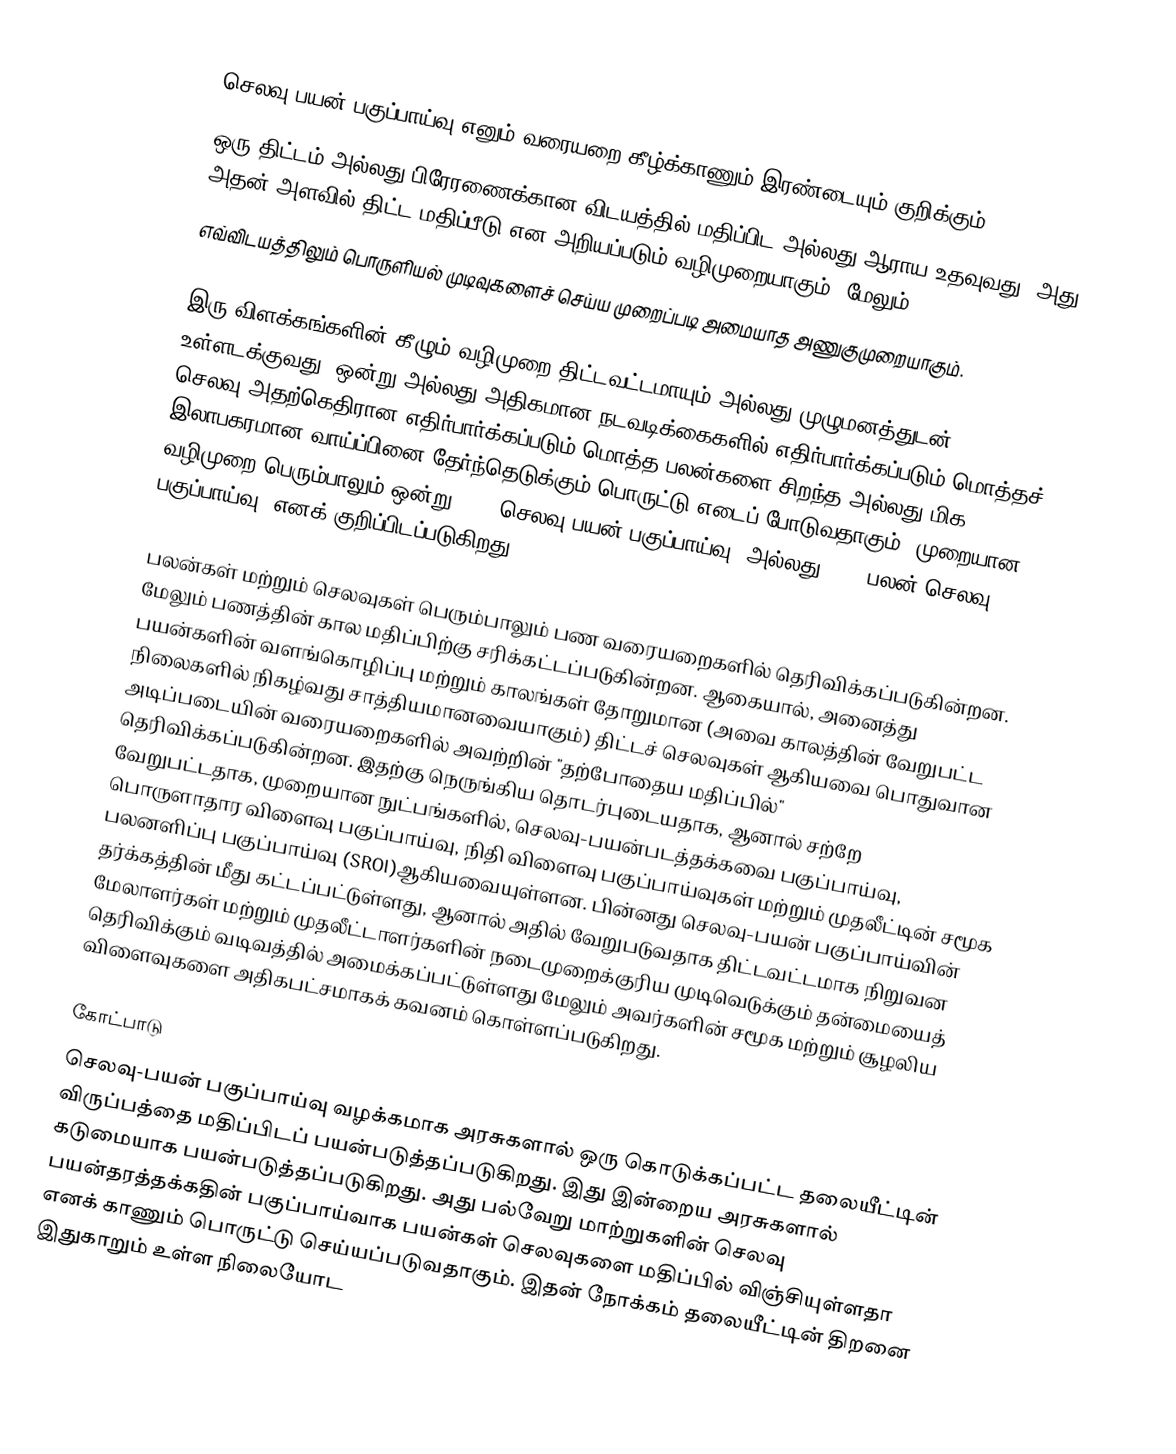
செலவு-பயன் பகுப்பாய்வு எனும் வரையறை கீழ்க்காணும் இரண்டையும் குறிக்கும்:
 ஒரு திட்டம் அல்லது பிரேரணைக்கான விடயத்தில் மதிப்பிட அல்லது ஆராய உதவுவது, அது அதன் அளவில் திட்ட மதிப்பீடு என அறியப்படும் வழிமுறையாகும்; மேலும்
 எவ்விடயத்திலும் பொருளியல் முடிவுகளைச் செய்ய முறைப்படி அமையாத அணுகுமுறையாகும்.

இரு விளக்கங்களின் கீழும் வழிமுறை திட்டவட்டமாயும் அல்லது முழுமனத்துடன் உள்ளடக்குவது, ஒன்று அல்லது அதிகமான நடவடிக்கைகளில் எதிர்பார்க்கப்படும் மொத்தச் செலவு அதற்கெதிரான எதிர்பார்க்கப்படும் மொத்த பலன்களை சிறந்த அல்லது மிக இலாபகரமான வாய்ப்பினை தேர்ந்தெடுக்கும் பொருட்டு எடைப் போடுவதாகும். முறையான வழிமுறை பெரும்பாலும் ஒன்று CBA (செலவு-பயன் பகுப்பாய்வு) அல்லது BCA (பலன்-செலவு பகுப்பாய்வு) எனக் குறிப்பிடப்படுகிறது.

பலன்கள் மற்றும் செலவுகள் பெரும்பாலும் பண வரையறைகளில் தெரிவிக்கப்படுகின்றன. மேலும் பணத்தின் கால மதிப்பிற்கு சரிக்கட்டப்படுகின்றன. ஆகையால், அனைத்து பயன்களின் வளங்கொழிப்பு மற்றும் காலங்கள் தோறுமான (அவை காலத்தின் வேறுபட்ட நிலைகளில் நிகழ்வது சாத்தியமானவையாகும்) திட்டச் செலவுகள் ஆகியவை பொதுவான அடிப்படையின் வரையறைகளில் அவற்றின் "தற்போதைய மதிப்பில்" தெரிவிக்கப்படுகின்றன. இதற்கு நெருங்கிய தொடர்புடையதாக, ஆனால் சற்றே வேறுபட்டதாக, முறையான நுட்பங்களில், செலவு-பயன்படத்தக்கவை பகுப்பாய்வு, பொருளாதார விளைவு பகுப்பாய்வு, நிதி விளைவு பகுப்பாய்வுகள் மற்றும் முதலீட்டின் சமூக பலனளிப்பு பகுப்பாய்வு (SROI)ஆகியவையுள்ளன. பின்னது செலவு-பயன் பகுப்பாய்வின் தர்க்கத்தின் மீது கட்டப்பட்டுள்ளது, ஆனால் அதில் வேறுபடுவதாக திட்டவட்டமாக நிறுவன மேலாளர்கள் மற்றும் முதலீட்டாளர்களின் நடைமுறைக்குரிய முடிவெடுக்கும் தன்மையைத் தெரிவிக்கும் வடிவத்தில் அமைக்கப்பட்டுள்ளது மேலும் அவர்களின் சமூக மற்றும் சூழலிய விளைவுகளை அதிகபட்சமாகக் கவனம் கொள்ளப்படுகிறது.

கோட்பாடு
செலவு-பயன் பகுப்பாய்வு வழக்கமாக அரசுகளால் ஒரு கொடுக்கப்பட்ட தலையீட்டின் விருப்பத்தை மதிப்பிடப் பயன்படுத்தப்படுகிறது. இது இன்றைய அரசுகளால் கடுமையாக பயன்படுத்தப்படுகிறது. அது பல்வேறு மாற்றுகளின் செலவு பயன்தரத்தக்கதின் பகுப்பாய்வாக பயன்கள் செலவுகளை மதிப்பில் விஞ்சியுள்ளதா எனக் காணும் பொருட்டு செய்யப்படுவதாகும். இதன் நோக்கம் தலையீட்டின் திறனை இதுகாறும் உள்ள நிலையோட